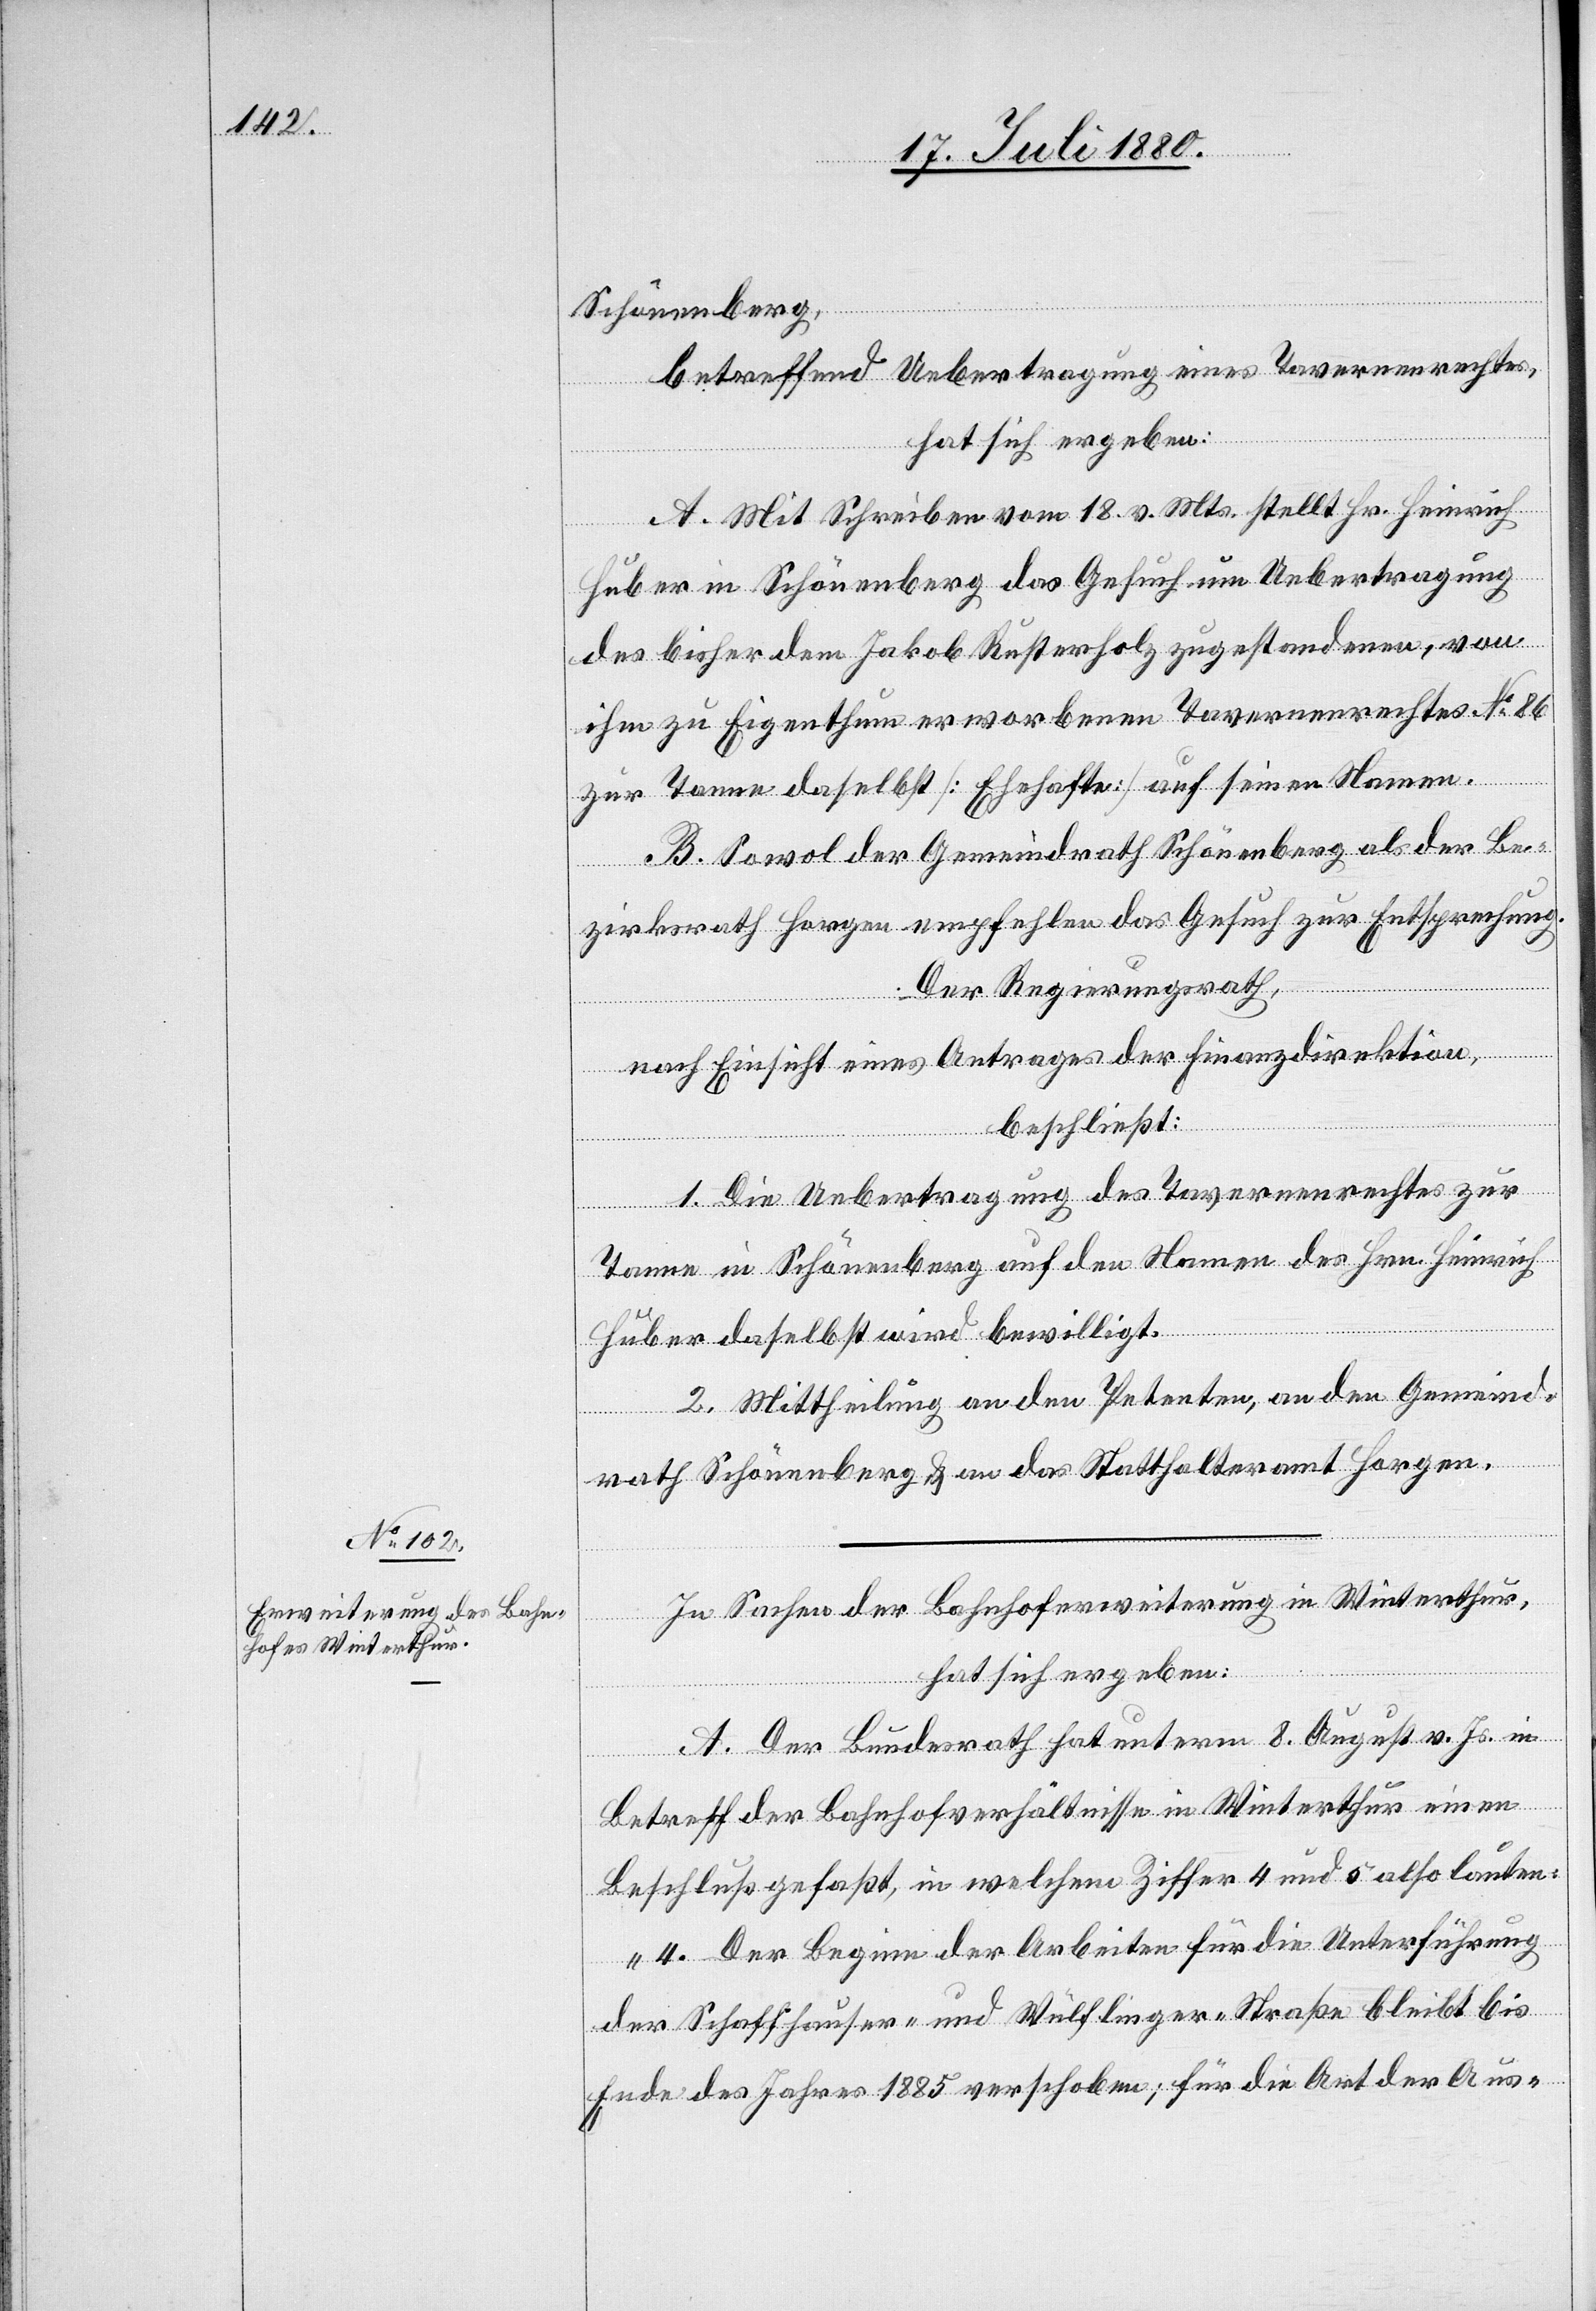
Schönenberg,
betreffend Uebertragung eines Tavernenrechtes,
hat sich ergeben:
A. Mit Schreiben vom 18. v. Mts. stellt Hr. Heinrich
Huber in Schönenberg das Gesuch um Uebertragung
des bisher dem Jakob Rusterholz zugestandenen, von
ihm zu Eigenthum erworbenen Tavernenrechtes No 86
zur Tanne daselbst [Ehehafte] auf seinen Namen.
B. Sowol der Gemeindrath Schönenberg als der Be¬
zirksrath Horgen empfehlen das Gesuch zur Entsprechung.
Der Regierungsrath,
nach Einsicht eines Antrages der Finanzdirektion,
beschließt:
1. Die Uebertragung des Tavernenrechtes zur
Tanne in Schönenberg auf den Namen des Hrn. Heinrich
Huber daselbst wird bewilligt.
2. Mittheilung an den Petenten, an den Gemeind¬
rath Schönenberg & an das Statthalteramt Horgen.
In Sachen der Bahnhoferweiterung in Winterthur
hat sich ergeben:
A. Der Bundesrath hat unterm 8. August v. Js. in
Betreff der Bahnhofverhältnisse in Winterthur einen
Beschluß gefasst, in welchem Ziffer 4 und 5 also lauten:
„4. Der Beginn der Arbeiten für die Unterführung
der Schaffhauser- und Wülflinger-Straße bleibt bis
Ende des Jahres 1885 verschoben; für die Art der Aus-